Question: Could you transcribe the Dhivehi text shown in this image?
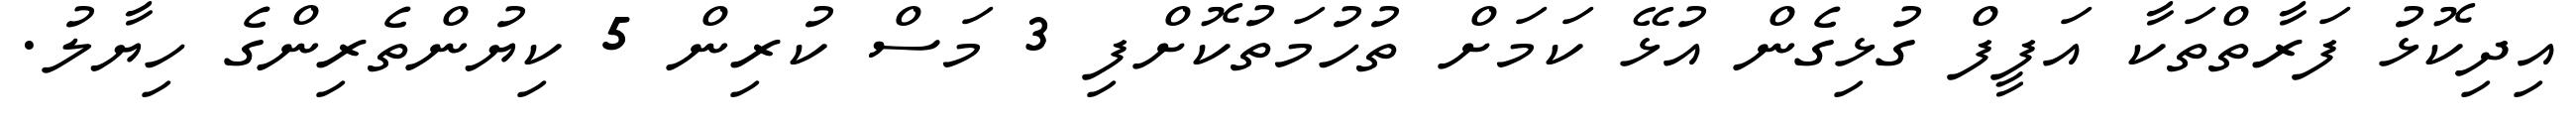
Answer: އިދިކޮޅު ފަރާތްތަކާ އަފީފް ގުޅިގެން އުޅޭ ކަމަށް ތުހުމަތުކޮށްފި 3 މަސް ކުރިން 5 ކިޔުންތެރިންގެ ހިޔާލު.